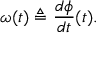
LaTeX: \omega ( t ) \triangleq { \frac { d \phi } { d t } } ( t ) .